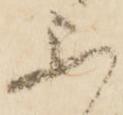
不